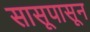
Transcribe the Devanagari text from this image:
सासूपासून